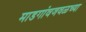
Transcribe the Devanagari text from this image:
माडगांवजवळच्या